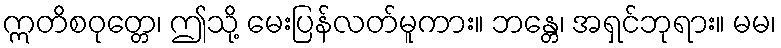
ဣတိစဝုတ္တေ၊ ဤသို့ မေးပြန်လတ်မူကား။ ဘန္တေ၊ အရှင်ဘုရား။ မမ၊